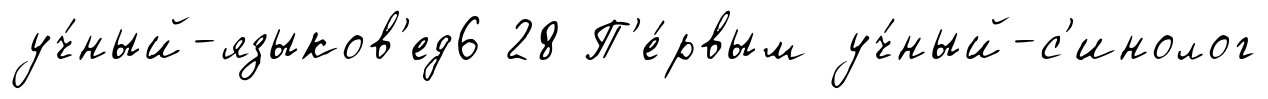
уч́ный-языков'ед6 28 П'е́рвым уч́ный-с'инолог